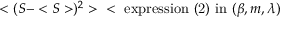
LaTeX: < ( S - < S > ) ^ { 2 } > \; \; < \mathrm { ~ e x p r e s s i o n ~ ( 2 ) ~ i n ~ } ( \beta , m , \lambda )